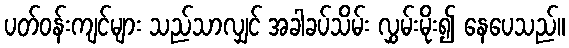
ပတ်ဝန်းကျင်များ သည်သာလျှင် အခါခပ်သိမ်း လွှမ်းမိုး၍ နေပေသည်။